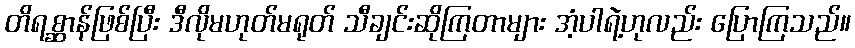
တိရစ္ဆာန်ဖြစ်ပြီး ဒီလိုမဟုတ်မရုတ် သီချင်းဆိုကြတာများ အံ့ပါရဲ့ဟုလည်း ပြောကြသည်။